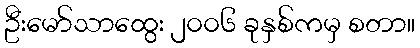
ဦးမော်သာထွေး ၂၀၀၆ ခုနှစ်ကမှ စတာ။